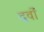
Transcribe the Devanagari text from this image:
दवों